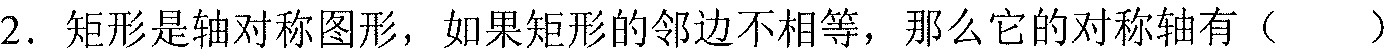
2. 矩形是轴对称图形，如果矩形的邻边不相等，那么它的对称轴有（  ）